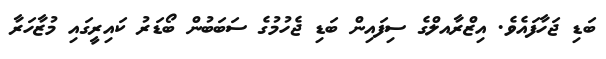
ބަޑި ޖަހާފައެވެ. އިޒްރާއލްގެ ސިފައިން ބަޑި ޖެހުމުގެ ސަބަބުން ބޯޑަރު ކައިރީގައި މުޒާހަރާ